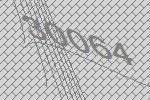
30064